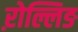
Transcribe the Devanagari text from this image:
ऱोल्लिङ